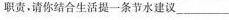
职责。请你结合生活提一条节水建议___